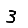
Digit: 3